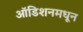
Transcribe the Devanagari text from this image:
ऑडिशनमधून